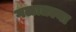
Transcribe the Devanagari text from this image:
गळातल्या